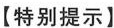
【特别提示】